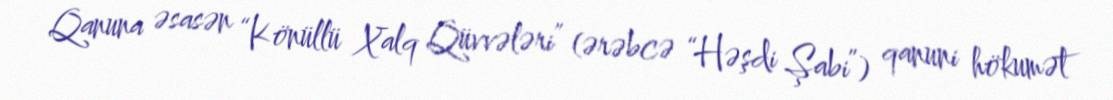
Qanuna əsasən “Könüllü Xalq Qüvvələri” (ərəbcə “Həşdi Şabi”) qanuni hökumət